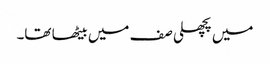
میں پچھلی صف میں بیٹھا تھا۔